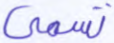
تسمى